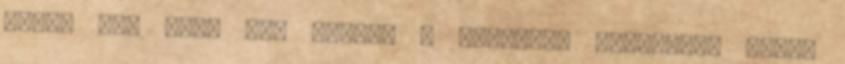
igen, Don Juan aki keveri a lapokat; élvezetét leli,